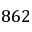
8 6 2